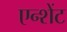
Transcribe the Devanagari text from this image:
एन्शेंट